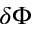
\delta \Phi